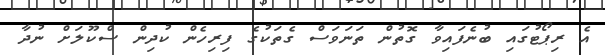
އެ ރިޕޯޓުގައި ބުނެފައިވާ ގޮތުން ތަނަވަސް ގެތަކުގެ ފިރިހެން ކުދިން ސްކޫލަށް ނުދާ